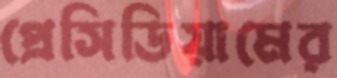
প্রেসিডিয়ামের